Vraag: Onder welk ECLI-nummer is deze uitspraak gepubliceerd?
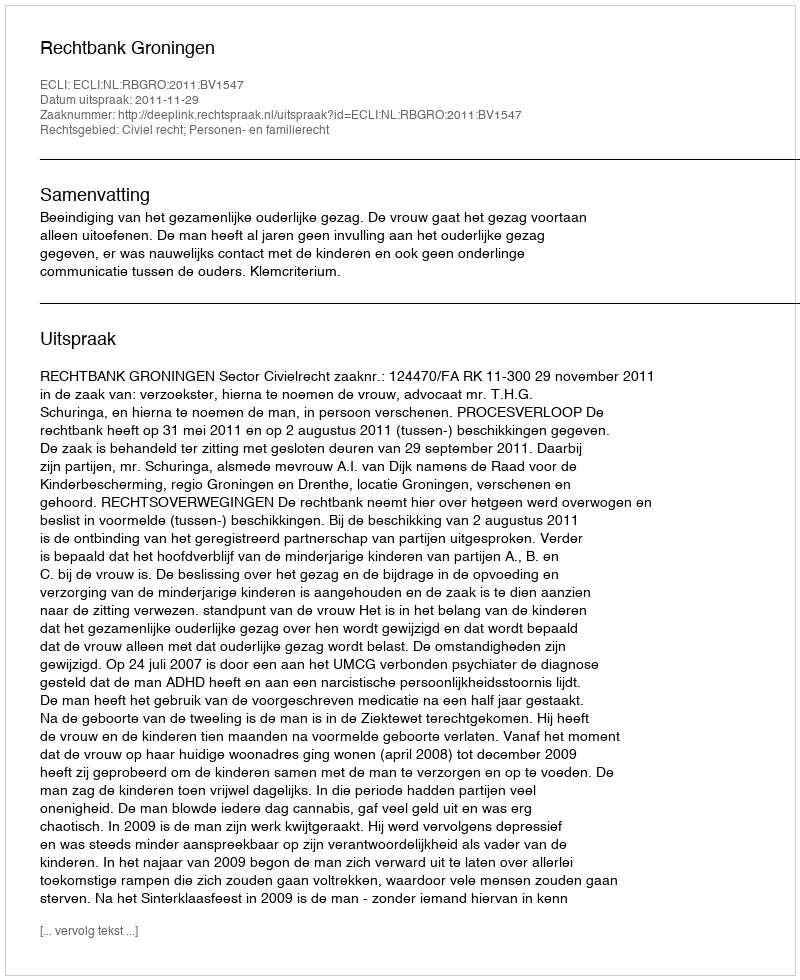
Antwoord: ECLI:NL:RBGRO:2011:BV1547